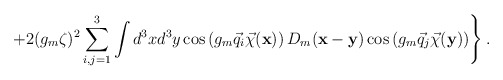
\begin{align*}\left.+2(g_m\zeta)^2\sum\limits_{i,j=1}^{3}\int d^3xd^3y\cos\left(g_m\vec q_i\vec\chi({\bf x})\right)D_m({\bf x}-{\bf y})\cos\left(g_m\vec q_j\vec\chi({\bf y})\right)\right\}.\end{align*}